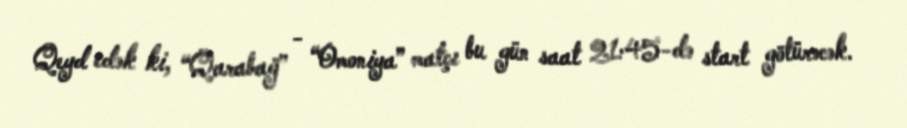
Qeyd edək ki, “Qarabağ” - “Omoniya” matçı bu gün saat 21:45-də start götürəcək.